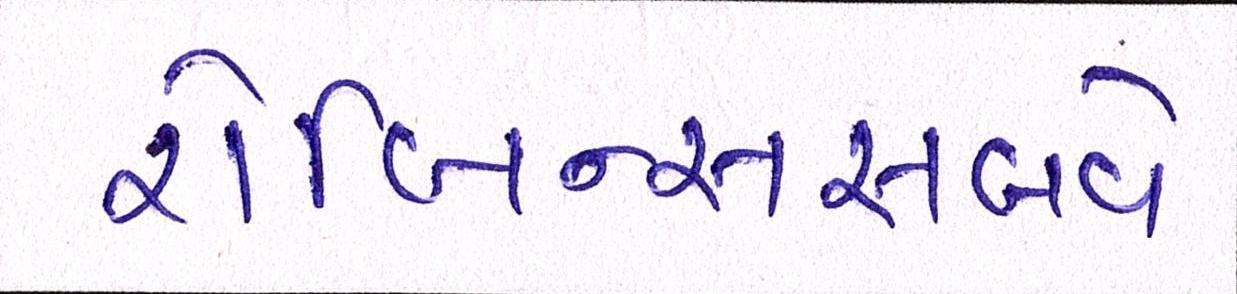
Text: રોબિન્સસબવે